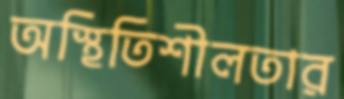
অস্থিতিশীলতার